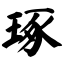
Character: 琢